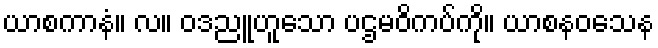
ယာစကာနံ။ လ။ ဝဒညူဟူသော ပဌမဝိကပ်ကို။ ယာစနဝသေန